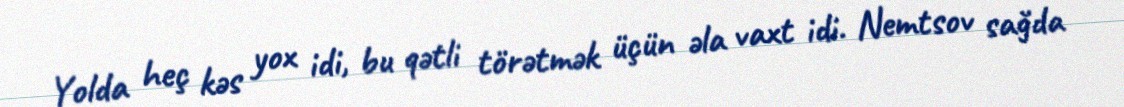
Yolda heç kəs yox idi, bu qətli törətmək üçün əla vaxt idi. Nemtsov sağda